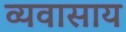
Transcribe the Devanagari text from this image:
व्यवासाय